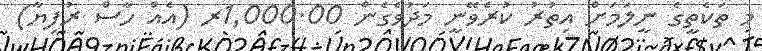
މި ތަކެތީގެ ނީލަމަށް އިތުރު ކުރެވޭނީ މަދުވެގެން 1